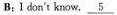
B;Ⅰdon't know, \underline{5}